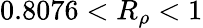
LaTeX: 0.8076<R_{\rho}<1